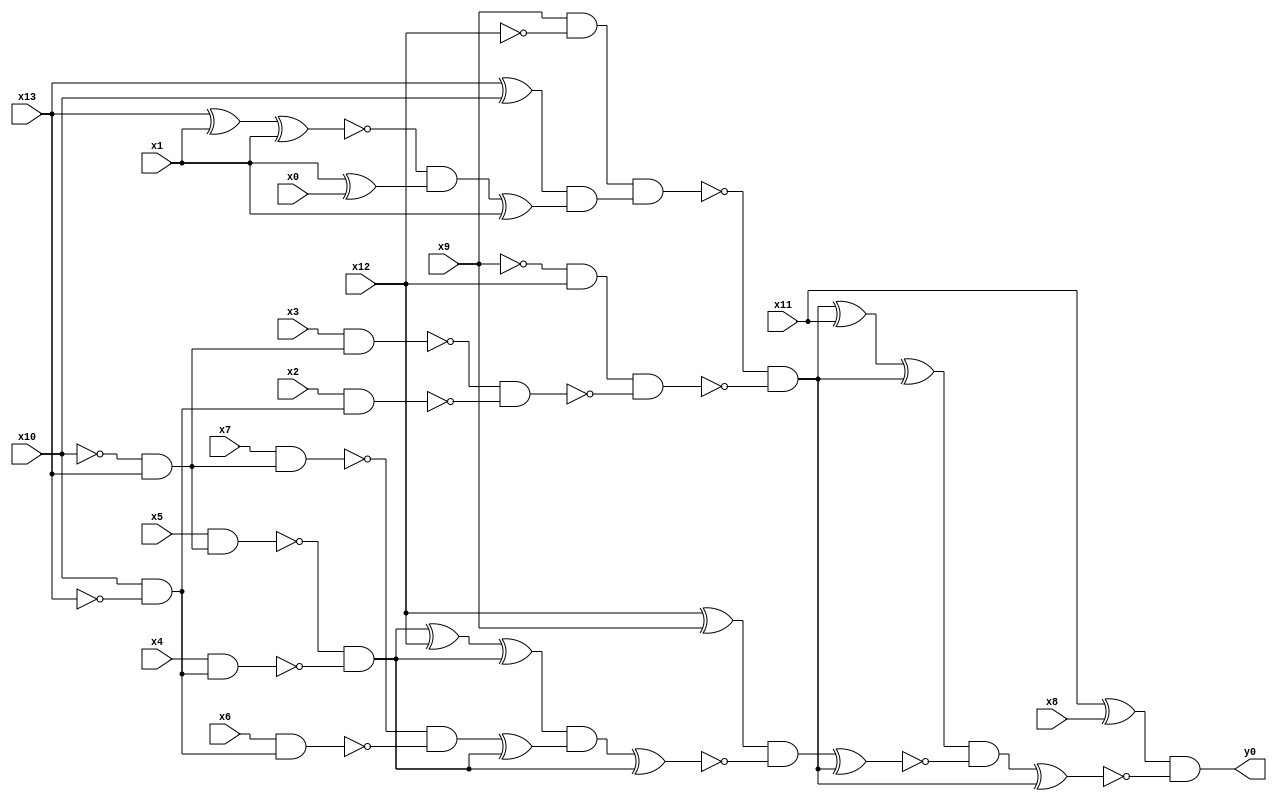
module top( x0 , x1 , x2 , x3 , x4 , x5 , x6 , x7 , x8 , x9 , x10 , x11 , x12 , x13 , y0 );
  input x0 , x1 , x2 , x3 , x4 , x5 , x6 , x7 , x8 , x9 , x10 , x11 , x12 , x13 ;
  output y0 ;
  wire n15 , n16 , n17 , n18 , n19 , n20 , n21 , n22 , n23 , n24 , n25 , n26 , n27 , n28 , n29 , n30 , n31 , n32 , n33 , n34 , n35 , n36 , n37 , n38 , n39 , n40 , n41 , n42 , n43 , n44 , n45 , n46 , n47 , n48 , n49 , n50 , n51 ;
  assign n15 = x11 ^ x8 ;
  assign n16 = x9 & ~x12 ;
  assign n17 = x13 ^ x10 ;
  assign n18 = x13 ^ x1 ;
  assign n19 = n18 ^ x1 ;
  assign n20 = x1 ^ x0 ;
  assign n21 = ~n19 & n20 ;
  assign n22 = n21 ^ x1 ;
  assign n23 = n17 & n22 ;
  assign n24 = n16 & n23 ;
  assign n25 = ~x9 & x12 ;
  assign n26 = ~x10 & x13 ;
  assign n27 = x3 & n26 ;
  assign n28 = x10 & ~x13 ;
  assign n29 = x2 & n28 ;
  assign n30 = ~n27 & ~n29 ;
  assign n31 = n25 & ~n30 ;
  assign n32 = ~n24 & ~n31 ;
  assign n33 = n32 ^ x11 ;
  assign n34 = n33 ^ n32 ;
  assign n35 = x12 ^ x9 ;
  assign n36 = x5 & n26 ;
  assign n37 = x4 & n28 ;
  assign n38 = ~n36 & ~n37 ;
  assign n39 = n38 ^ x12 ;
  assign n40 = n39 ^ n38 ;
  assign n41 = x7 & n26 ;
  assign n42 = x6 & n28 ;
  assign n43 = ~n41 & ~n42 ;
  assign n44 = n43 ^ n38 ;
  assign n45 = n40 & n44 ;
  assign n46 = n45 ^ n38 ;
  assign n47 = n35 & ~n46 ;
  assign n48 = n47 ^ n32 ;
  assign n49 = n34 & ~n48 ;
  assign n50 = n49 ^ n32 ;
  assign n51 = n15 & ~n50 ;
  assign y0 = n51 ;
endmodule